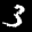
Label: 3